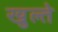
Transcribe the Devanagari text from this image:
खुल्ते